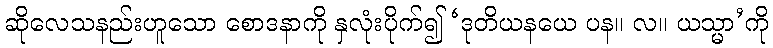
ဆိုလေသနည်းဟူသော စောဒနာကို နှလုံးပိုက်၍ ‘ဒုတိယနယေ ပန။ လ။ ယသ္မာ’ကို